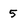
Character: 5